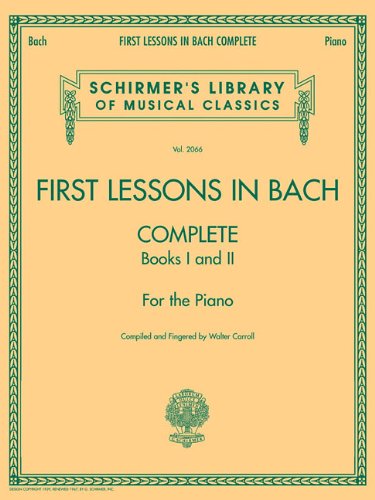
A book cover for First Lessons in Bach, Complete: For the Piano (Schirmer's Library of Musical Classics); Humor & Entertainment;